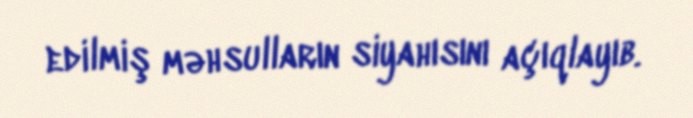
edilmiş məhsulların siyahısını açıqlayıb.